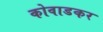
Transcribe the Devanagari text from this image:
कोवाडकर